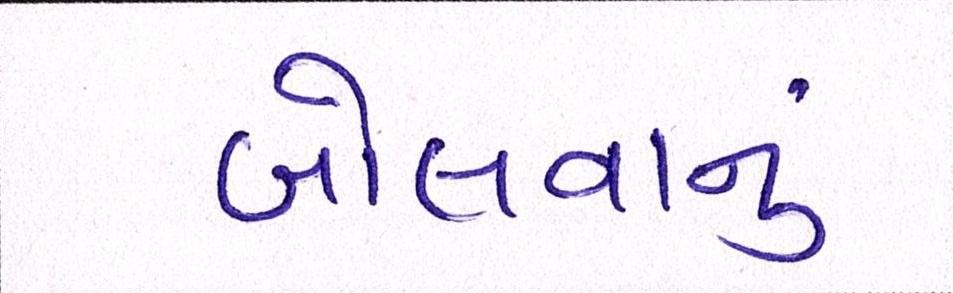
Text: બોલવાનું